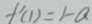
f ^ { \prime } ( 1 ) = 1 - a